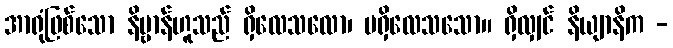
အာရုံဖြစ်သော နိဗ္ဗာန်ဟူသည် ရှိလေသလော၊ မရှိလေသသော။ ရှိလျှင် နိယျာနိက -